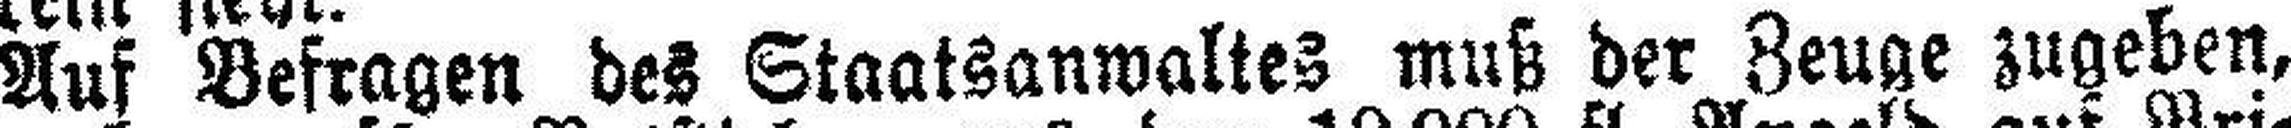
Auf Befragen des Staatsanwaltes muß der Zeuge zugeben,